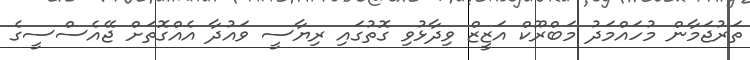
ތަރުޖަމާން މުހައްމަދު މަބްރޫކް އަޒީޒް ވިދާޅުވި ގޮތުގައި ރިޔާސީ ވައުދާ އެއްގޮތަށް ޖޭއެސްސީގެ